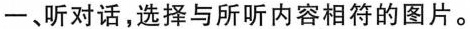
一、听对话，选择与所听内容相符的图片。